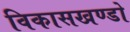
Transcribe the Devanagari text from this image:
विकासखण्डो